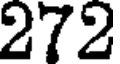
272